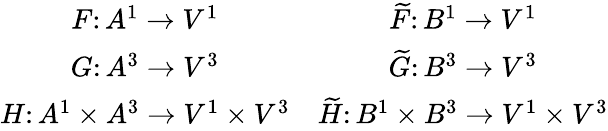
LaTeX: \begin{array}{cc}{F\colon A^{1}\to V^{1}}&{\widetilde F\colon B^{1}\to V^{1}}\\ {G\colon A^{3}\to V^{3}}&{\widetilde G\colon B^{3}\to V^{3}}\\ {H\colon A^{1}\times A^{3}\to V^{1}\times V^{3}}&{\widetilde H\colon B^{1}\times B^{3}\to V^{1}\times V^{3}}\end{array}